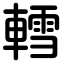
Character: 轌